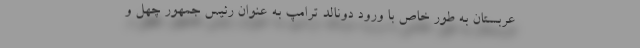
عربستان به طور خاص با ورود دونالد ترامپ به عنوان رئیس جمهور چهل و